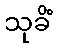
သုခိံ